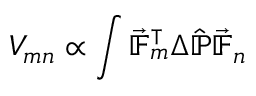
V _ { m n } \propto \displaystyle \int \vec { \mathbb { F } } _ { m } ^ { \intercal } \Delta \hat { \mathbb { P } } \vec { \mathbb { F } } _ { n }